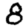
Digit: 8